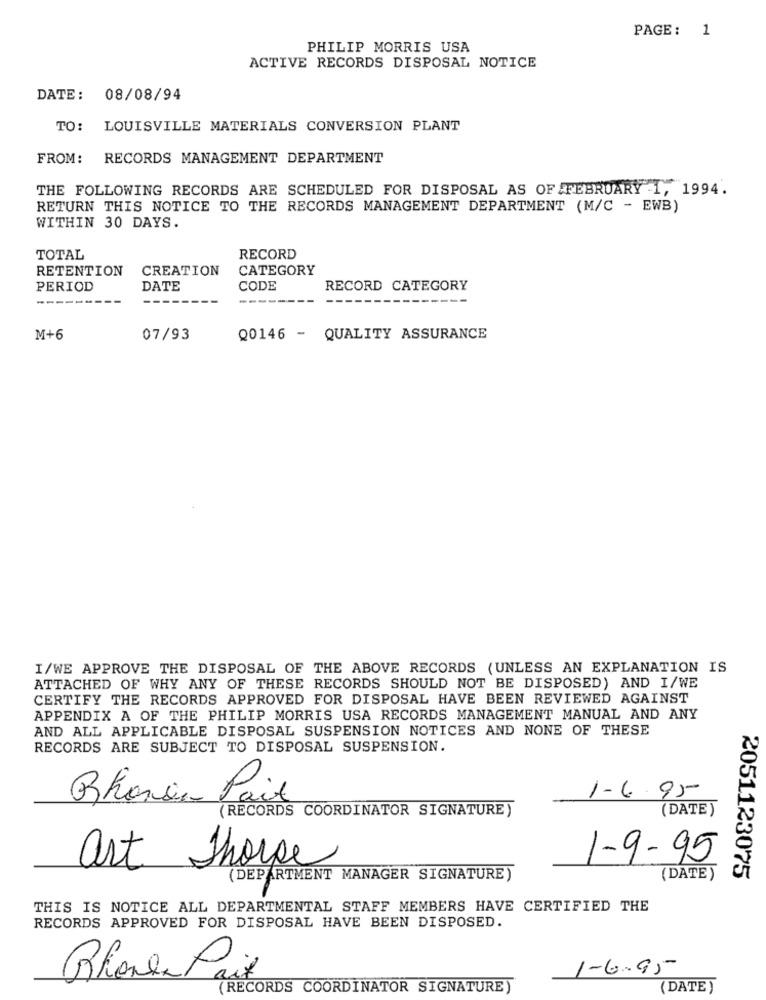
PAGE: 1
PHILIP MORRIS USA
ACTIVE RECORDS DISPOSAL NOTICE
DATE: 08/08/94
TO: LOUISVILLE MATERIALS CONVERSION PLANT
FROM: RECORDS MANAGEMENT DEPARTMENT
THE FOLLOWING RECORDS ARE SCHEDULED FOR DISPOSAL AS OF FEBRUARY I, 1994.
RETURN THIS NOTICE TO THE RECORDS MANAGEMENT DEPARTMENT (M/C - EWB)
WITHIN 30 DAYS.
TOTAL
RECORD
RETENTION
CREATION
CATEGORY
PERIOD
DATE
CODE
RECORD CATEGORY
-------
--
M+6
07/93
Q0146 - QUALITY ASSURANCE
I/WE APPROVE THE DISPOSAL OF THE ABOVE RECORDS (UNLESS AN EXPLANATION IS
ATTACHED OF WHY ANY OF THESE RECORDS SHOULD NOT BE DISPOSED) AND I/WE
CERTIFY THE RECORDS APPROVED FOR DISPOSAL HAVE BEEN REVIEWED AGAINST
APPENDIX A OF THE PHILIP MORRIS USA RECORDS MANAGEMENT MANUAL AND ANY
AND ALL APPLICABLE DISPOSAL SUSPENSION NOTICES AND NONE OF THESE
RECORDS ARE SUBJECT TO DISPOSAL SUSPENSION.
1.6.95
Rhorse Paix
(DATE )
(RECORDS COORDINATOR SIGNATURE)
1-9-95
art Thorpe
(DEPARTMENT MANAGER SIGNATURE)
(DATE)
2051123075
THIS IS NOTICE ALL DEPARTMENTAL STAFF MEMBERS HAVE CERTIFIED THE
RECORDS APPROVED FOR DISPOSAL HAVE BEEN DISPOSED.
1-6.95
Rhonda Paix
(RECORDS COORDINATOR SIGNATURE)
(DATE )